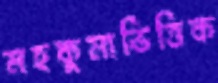
মহকুমাভিত্তিক